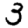
Digit: 3